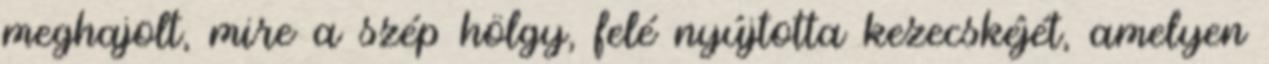
meghajolt, mire a szép hölgy, felé nyújtotta kezecskéjét, amelyen